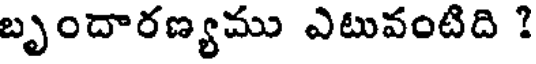
బృందారణ్యము ఎటువంటిది ?